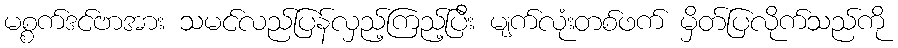
မစ္စက်ဒင်ဗာအား သမင်လည်ပြန်လှည့်ကြည့်ပြီး မျက်လုံးတစ်ဖက် မှိတ်ပြလိုက်သည်ကို